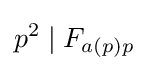
p^{2}\mid F_{a(p)p}